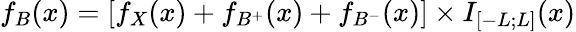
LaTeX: f_{B}(x)=\left[f_{X}(x)+f_{B^{+}}(x)+f_{B^{-}}(x)\right]\times I_{[-L;L]}(x)